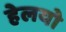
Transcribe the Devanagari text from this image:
हेलयो